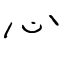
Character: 心